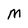
Character: M